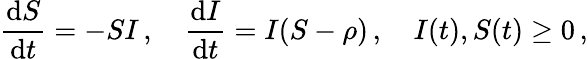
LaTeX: \frac{\mathrm{d}S}{\mathrm{d}t}=-SI\, ,\quad\frac{\mathrm{d}I}{\mathrm{d}t}=I(S-\rho)\, ,\quad I(t),S(t)\geq 0\, ,